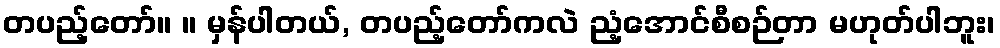
တပည့်တော်။ ။ မှန်ပါတယ်, တပည့်တော်ကလဲ ညံ့အောင်စီစဉ်တာ မဟုတ်ပါဘူး၊